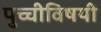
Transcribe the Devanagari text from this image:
पुच्चीविषयी